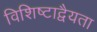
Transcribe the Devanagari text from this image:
विशिष्टाद्वैयता